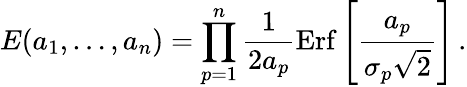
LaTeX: E(a_{1},\dots,a_{n})=\prod_{p=1}^{n}{\frac{1}{2a_{p}}}\mathrm{Erf}\left[{\frac{a_{p}}{\sigma_{p}\sqrt 2}}\right]\, .